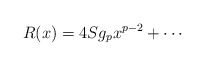
\begin{align*}R(x) = 4S g_{p} x^{p-2} + \cdots\end{align*}